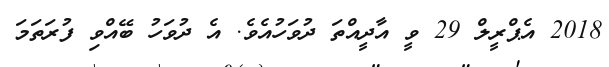
2018 އެޕްރީލް 29 ވީ އާދީއްތަ ދުވަހުއެވެ. އެ ދުވަހު ބޭއްވި ފުރަތަމަ